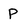
Character: p